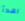
اهدأ